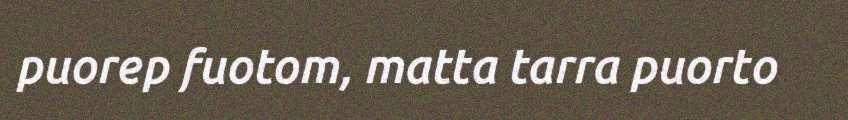
puorep fuotom, matta tarra puorto